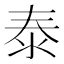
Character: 泰